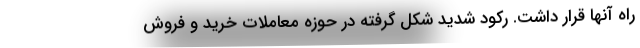
راه آنها قرار داشت. رکود شدید شکل گرفته در حوزه معاملات خرید و فروش